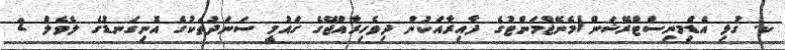
ކ. ގުޅި އެޑްމިނިސްޓްރޭޝަން/މެނޭޖްމަންޓުގެ ދާއިރާއަކުން ދިވެހިރާއްޖޭގެ ގައުމީ ސަނަދުތަކުގެ އޮނިގަނޑުގެ ލެވެލް 2